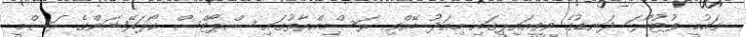
ގައުމީ ފުޓުބޯޅަ ދަނޑުގެ ވީވީއައިޕީގައި މިއަދު ބޭއްވި ރަސްމިއްޔާތުގައި ސްޕޯޓްސް ކޯޕަރޭޝަންގެ ރަސްމީ